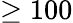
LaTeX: \geq 100